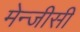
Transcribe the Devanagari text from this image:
मेन्जीसी